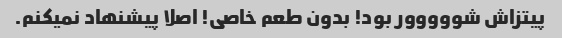
پیتزاش شووووور بود! بدون طعم خاصی! اصلا پیشنهاد نمیکنم.